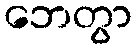
ဘေတွာ